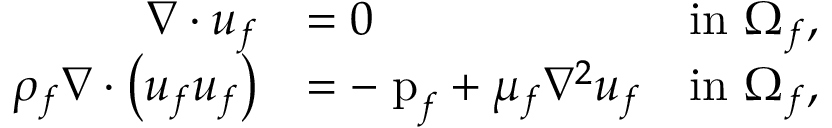
\begin{array} { r l r } { \nabla \cdot \boldsymbol { u } _ { f } } & { = 0 } & { \mathrm { i n ~ } \Omega _ { f } , } \\ { \rho _ { f } \nabla \cdot \left( \boldsymbol { u } _ { f } \boldsymbol { u } _ { f } \right) } & { = - \mathrm { \nabla { p } } _ { f } + \mu _ { f } \nabla ^ { 2 } \boldsymbol { u } _ { f } } & { \mathrm { i n ~ } \Omega _ { f } , } \end{array}